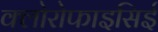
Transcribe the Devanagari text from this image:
क्लोरोफाइसिई